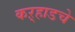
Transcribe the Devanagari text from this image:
कऱ्हाडचे